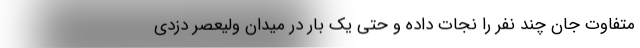
متفاوت جان چند نفر را نجات داده و حتی یک بار در میدان ولیعصر دزدی